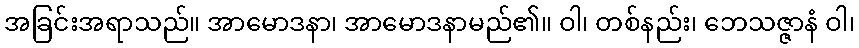
အခြင်းအရာသည်။ အာမောဒနာ၊ အာမောဒနာမည်၏။ ဝါ၊ တစ်နည်း၊ ဘေသဇ္ဇာနံ ဝါ၊